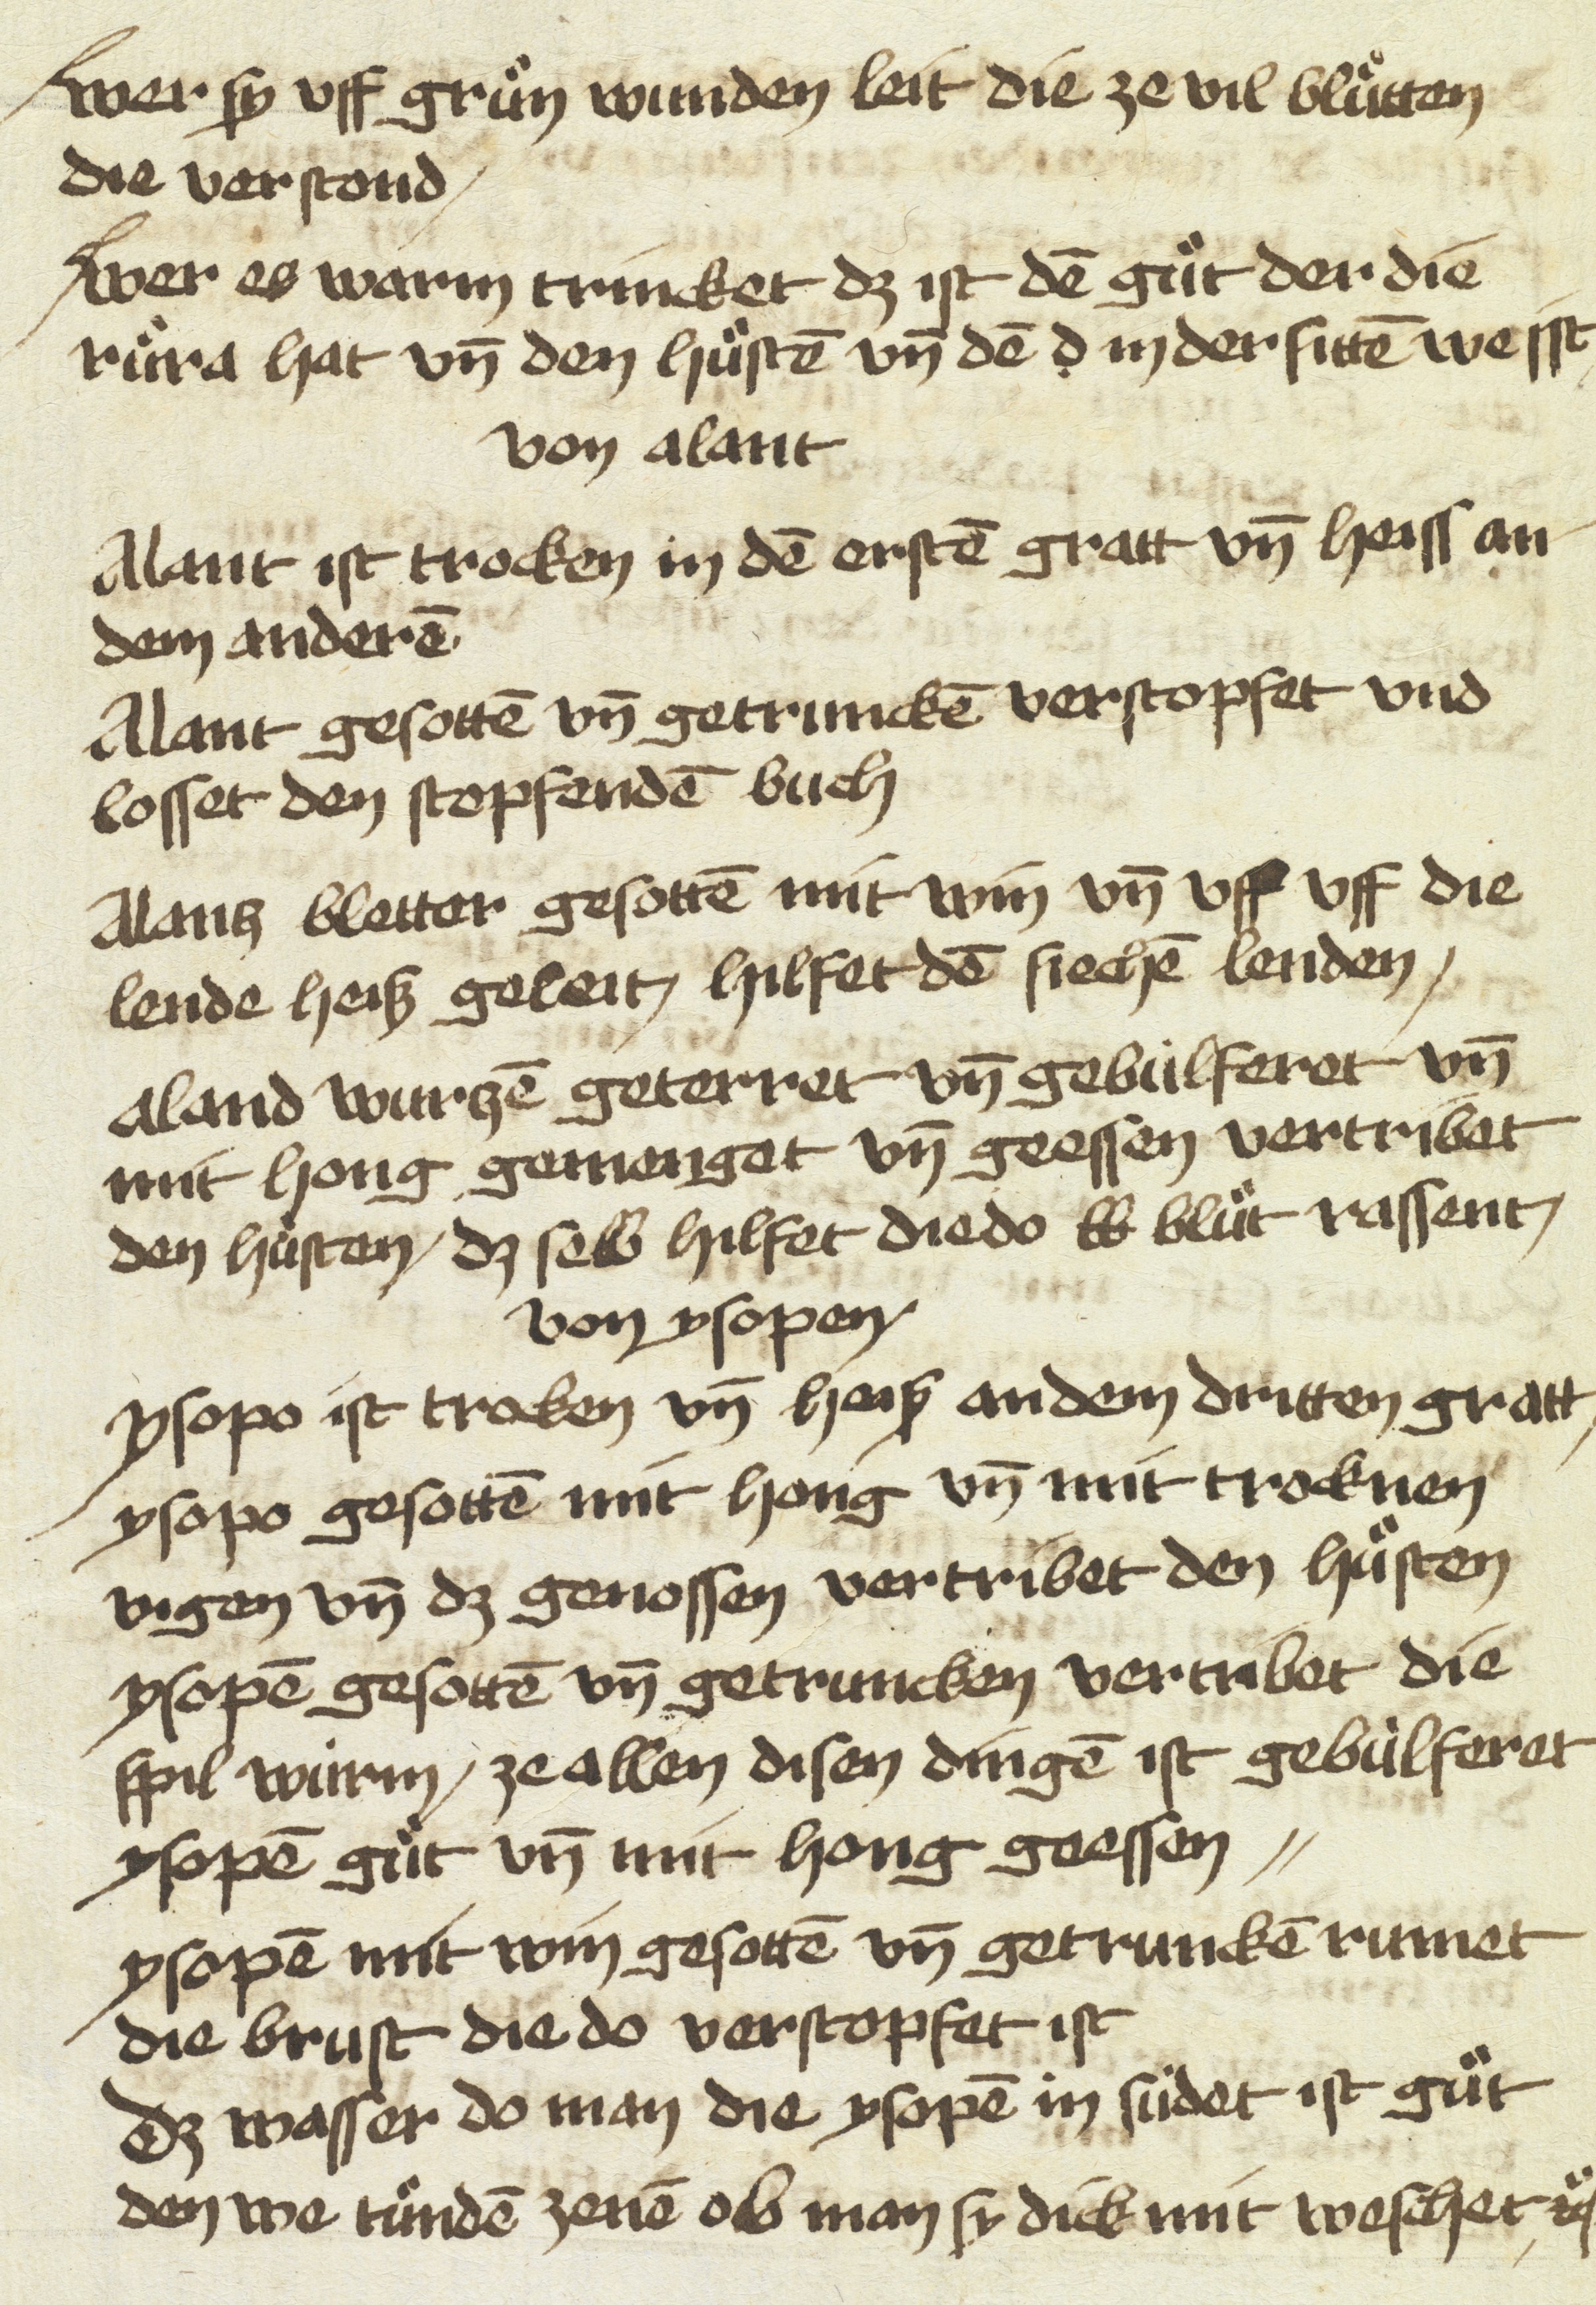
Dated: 1475–1499